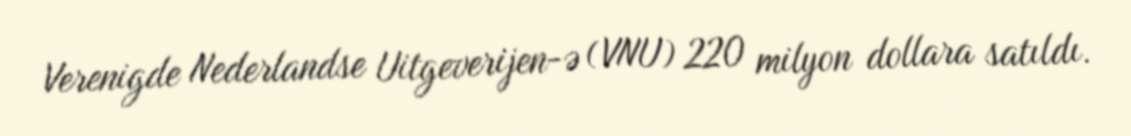
Verenigde Nederlandse Uitgeverijen-ə (VNU) 220 milyon dollara satıldı.